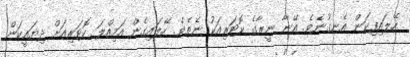
ހޭލައިފިކަން އެނގުނެވެ. އޭނާ ނީރާގެ ކޮޓަރިއަކު ނެތެވެ. ހޭލައިގެން އަމިއްލަ ކޮޓަރިއަށް ދިޔައީކަން